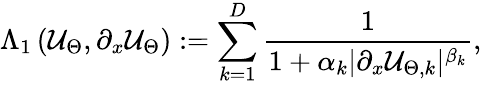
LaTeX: \Lambda_{1}\left(\mathcal{U}_{\Theta},\partial_{x}\mathcal{U}_{\Theta}\right):=\sum_{k=1}^{D}\frac{1}{1+\alpha_{k}\mathopen|\partial_{x}\mathcal{U}_{\Theta,k}\mathclose|^{\beta_{k}}},